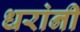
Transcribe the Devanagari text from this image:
धरांनी